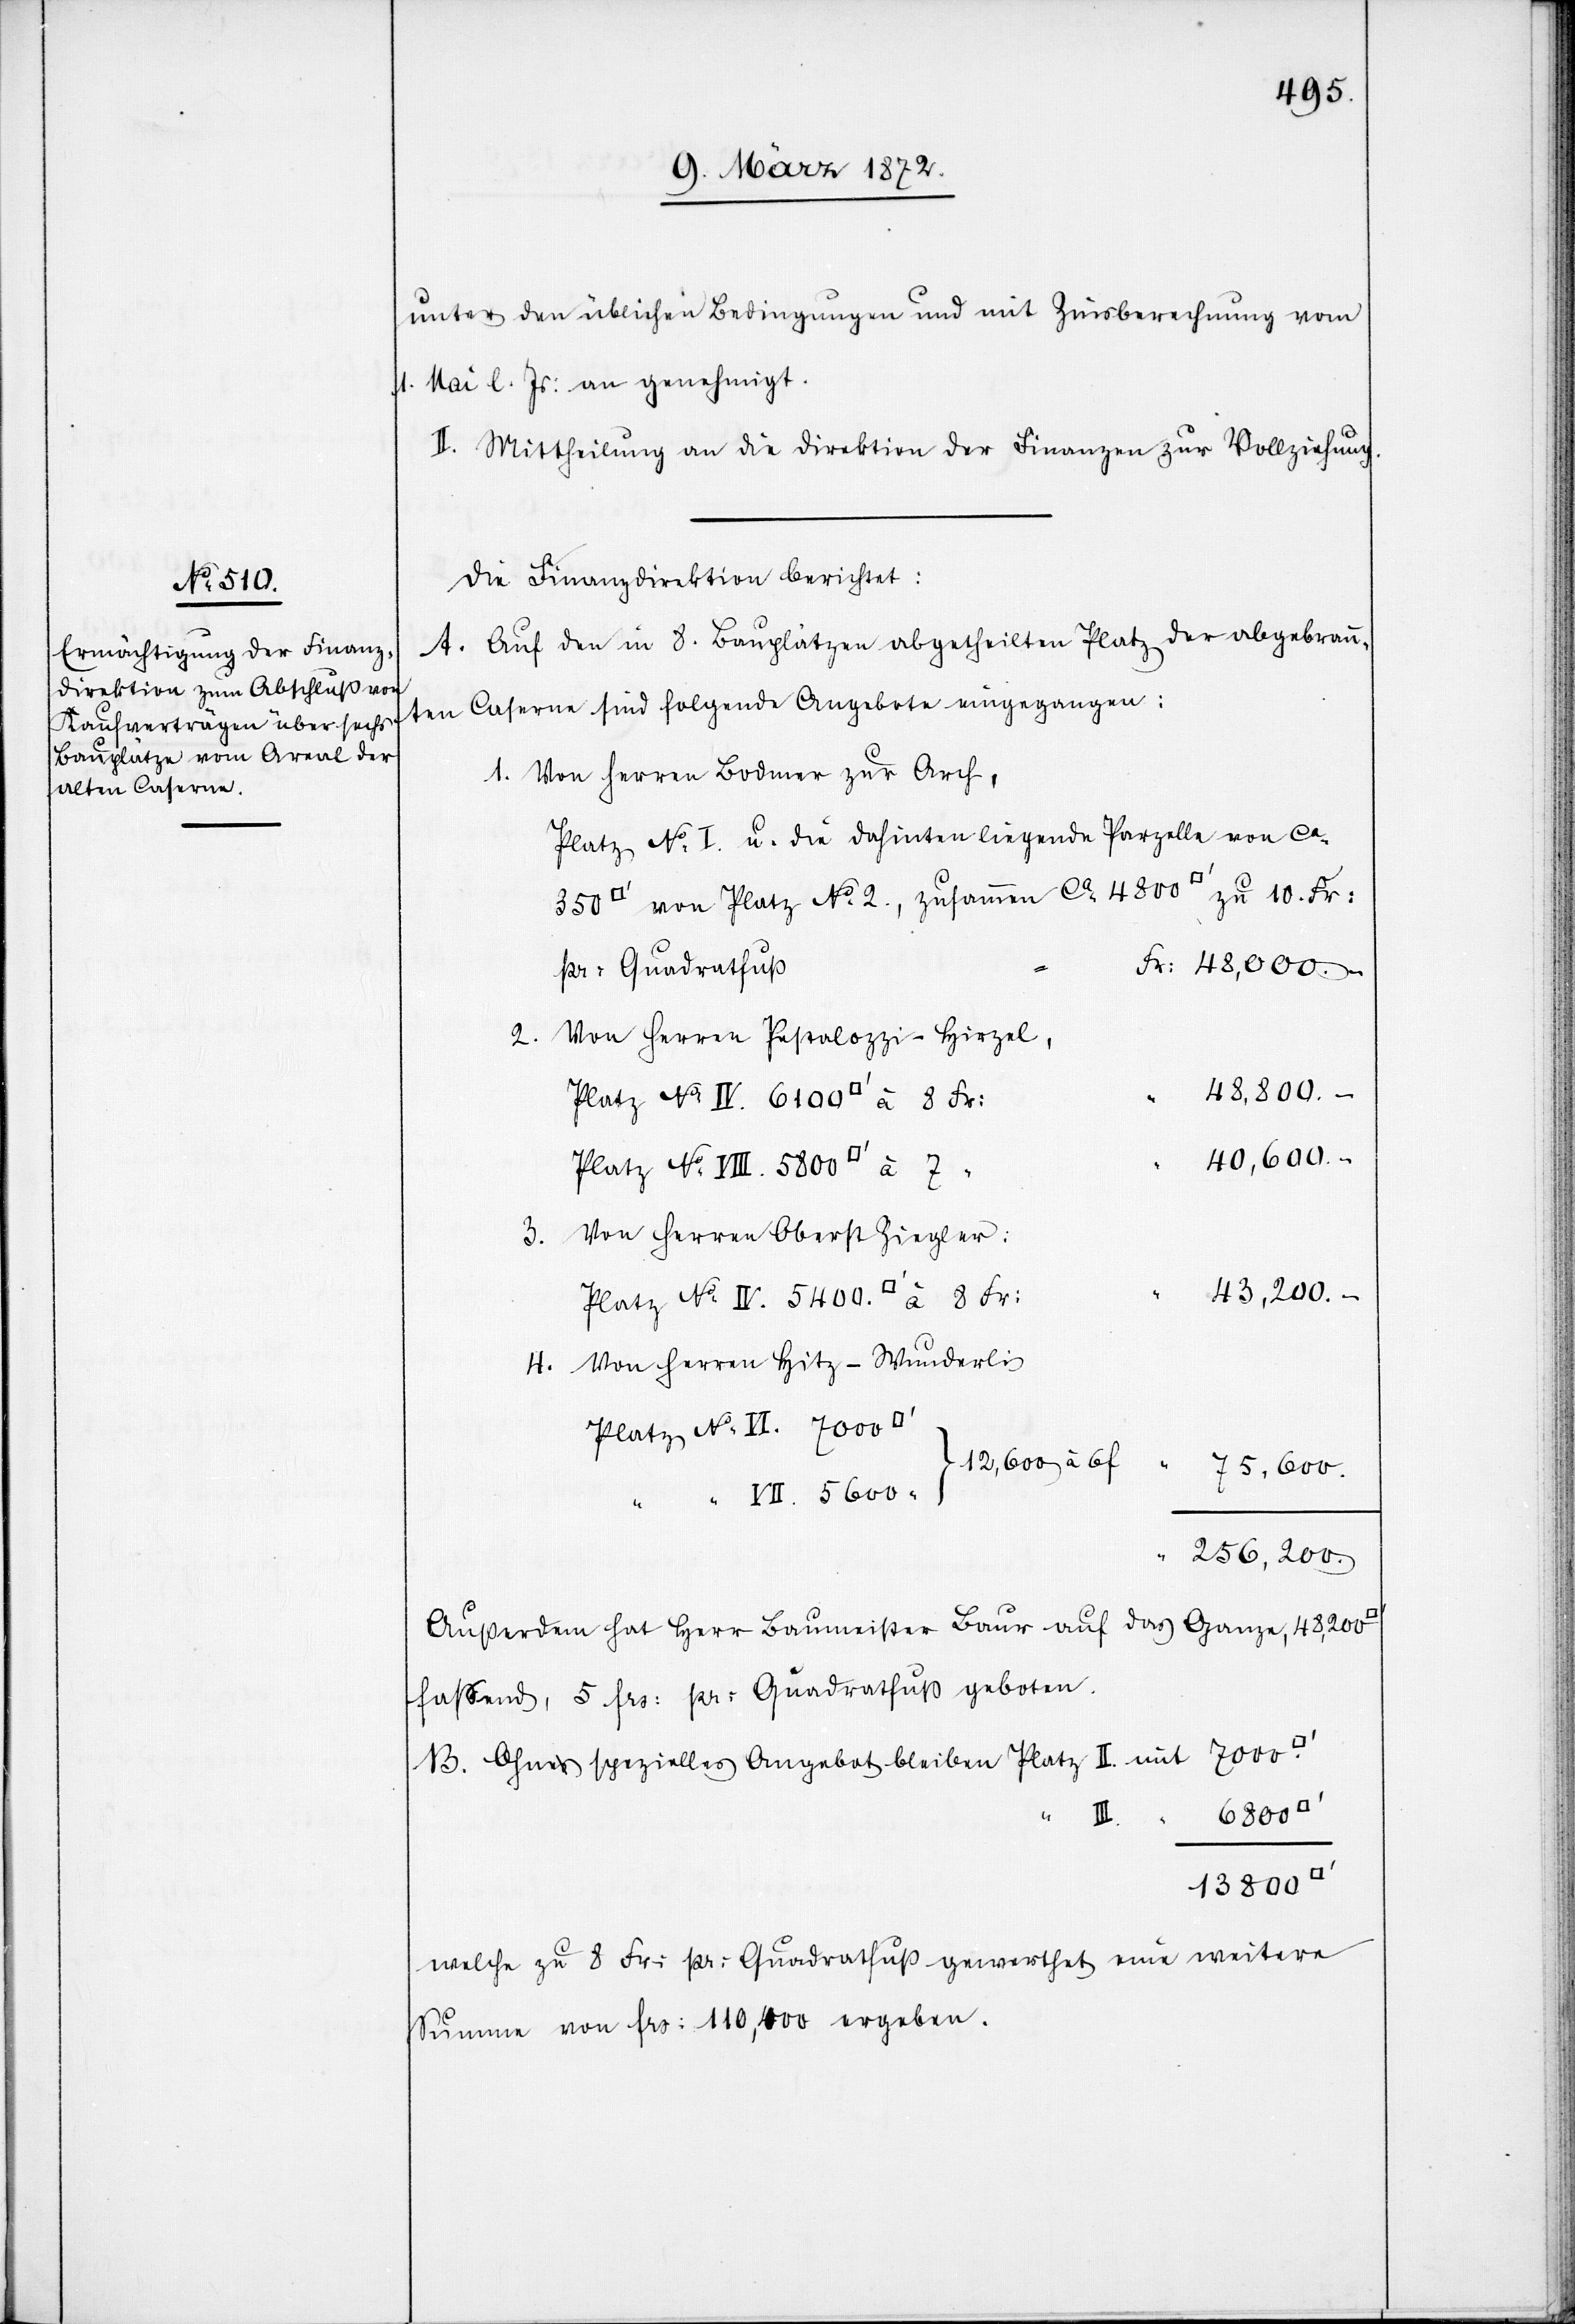
unter den üblichen Bedingungen und mit Zinsberechnung vom
1. Mai l. Js: an genehmigt.
II. Mittheilung an die Direktion der Finanzen zur Vollziehung.
Die Finanzdirektion berichtet:
A. Auf den in 8. Bauplätzen abgetheilten Platz der abgebrann¬
ten Caserne sind folgende Angebote eingegangen:
Von Herren Bodmer zur Arch,
Platz No I. u. die dahinter liegende Parzelle von ca
s] von Platz No 2., zusammen ca 4800 [Quadratfuss]
pr: Quadratfuß
Fr: 48,000.-
Von Herren Pestalozzi-Hirzel,
48,800.-
40,600.-
Von Herren Oberst Ziegler:
43,200.-
Von Herren Hitz-Wunderli
Platz No VI. 7000
256,200.
Außerdem hat Herr Baumeister Baur auf das Ganze, 48,200
faßend, 5 frs: pr: Quadratfuß geboten.
B. Ohne spezielles Angebot bleiben Platz II. mit
7000
III.
13 800
welche zu 8 Fr: pr: Quadratfuß gewerthet eine weitere
Summe von frs: 110,400 ergeben.